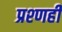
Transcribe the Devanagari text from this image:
प्रश्णही